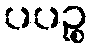
ပပဉ္စ